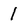
Character: I